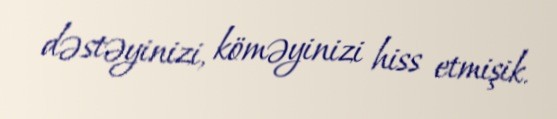
dəstəyinizi, köməyinizi hiss etmişik.